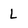
Character: L